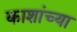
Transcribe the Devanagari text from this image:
काशांच्या